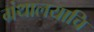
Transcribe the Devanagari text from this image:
ग्रंथालयाचि